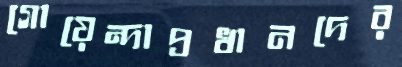
গোয়েন্দাপ্রধানদের